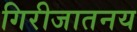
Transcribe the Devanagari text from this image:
गिरीजातनय